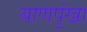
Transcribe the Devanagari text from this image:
बाणपुंखा